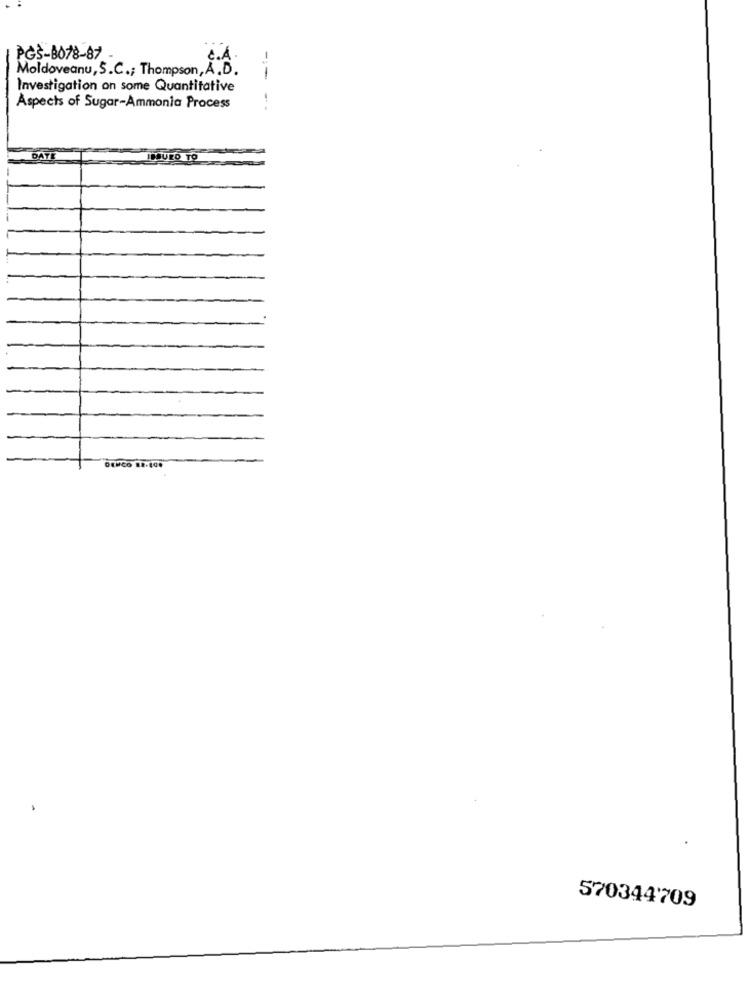
PGS-8078-87
c.À
Moldoveanu, S.C .; Thompson, A.D.
-
Investigation on some Quantitative
Aspects of Sugar-Ammonta Process
...
DATE
BIURO TO
570344'709